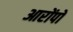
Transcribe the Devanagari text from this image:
आरोंपों